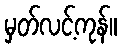
မှတ်လင့်ကုန်။